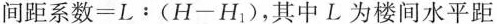
$$间距系数 = L : ( H - H _ { 1 } )$$，其中L为楼间水平距